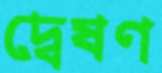
দ্বেষণ